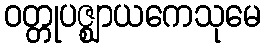
ဝတ္တုပဇ္ဈာယကေသုမေ